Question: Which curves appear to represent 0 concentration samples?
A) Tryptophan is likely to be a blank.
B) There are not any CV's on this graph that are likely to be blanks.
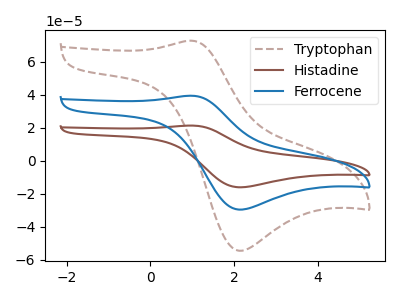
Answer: <think>The brown dashed curve "Tryptophan" has an anodic peak at (0.95V, 72.80uA) and a cathodic peak at (2.10V, -54.40uA). The brown curve "Histadine" has an anodic peak at (0.95V, 78.95uA) and a cathodic peak at (2.10V, -59.00uA). The blue curve "Ferrocene" has an anodic peak at (0.95V, 39.45uA) and a cathodic peak at (2.10V, -29.50uA).</think>
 <answer>B) There are not any CV's on this graph that are likely to be blanks.</answer>
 <eval>B</eval>